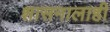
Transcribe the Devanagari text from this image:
शासनालाही